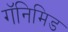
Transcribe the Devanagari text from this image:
गॅनिमिड